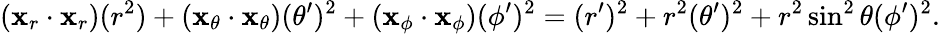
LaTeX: (\mathbf{x}_{r}\cdot\mathbf{x}_{r})(r^{2})+(\mathbf{x}_{\theta}\cdot\mathbf{x}_{\theta})(\theta^{\prime})^{2}+(\mathbf{x}_{\phi}\cdot\mathbf{x}_{\phi})(\phi^{\prime})^{2}=(r^{\prime})^{2}+r^{2}(\theta^{\prime})^{2}+r^{2}\sin^{2}\theta(\phi^{\prime})^{2}.